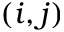
( i , j )